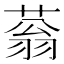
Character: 蓊